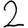
Digit: 2